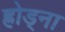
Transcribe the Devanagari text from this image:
ह्रोड्ना